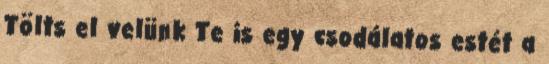
Tölts el velünk Te is egy csodálatos estét a